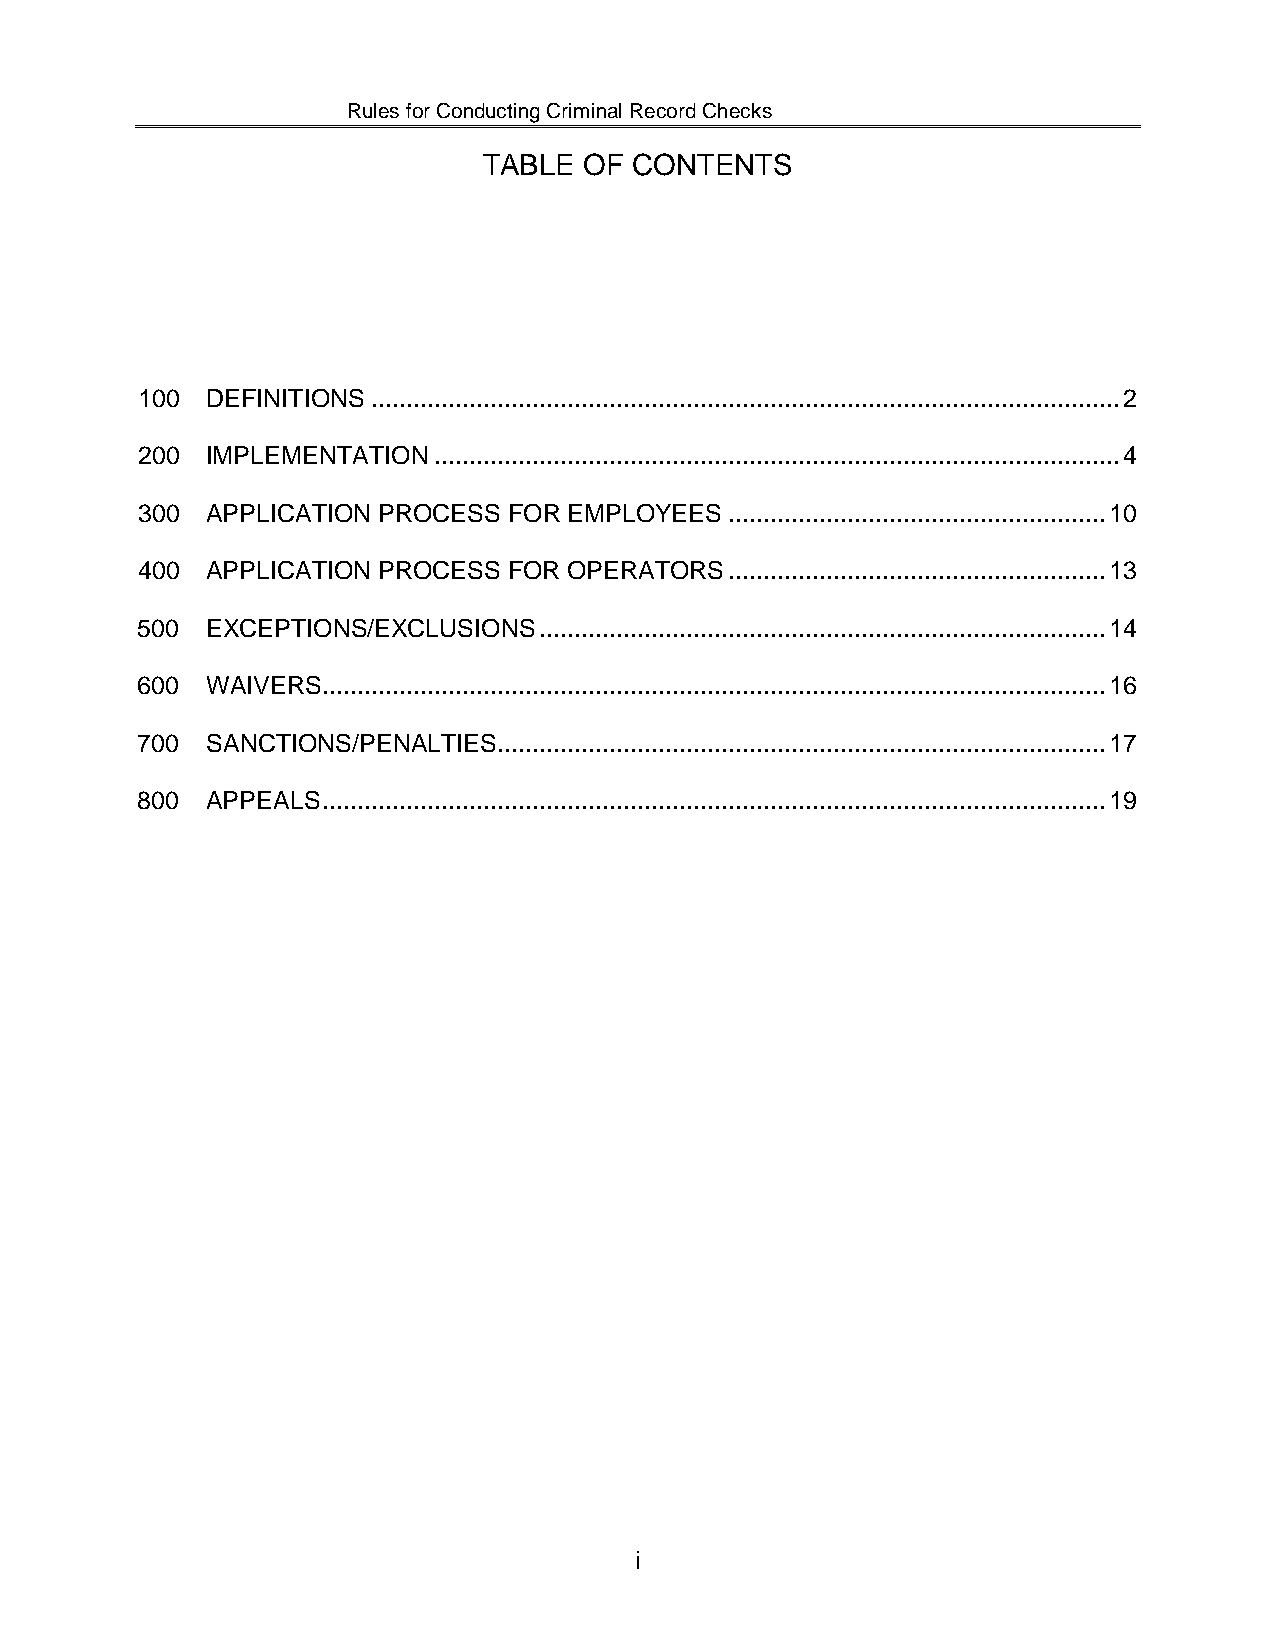
Rules for Conducting Criminal Record Checks
 TABLE  OF CONTENTS
 100  DEFINITIONS ........................................................................................................... 2
 200  IMPLEMENTATION .................................................................................................. 4
 300  APPLICATION PROCESS FOR EMPLOYEES ...................................................... 10
 400  APPLICATION PROCESS FOR OPERATORS ...................................................... 13
 500  EXCEPTIONS/EXCLUSIONS ................................................................................. 14
 600  WAIVERS ................................................................................................................ 16
 700  SANCTIONS/PENALTIES ....................................................................................... 17
 800  APPEALS ................................................................................................................ 19
 i